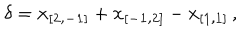
{ \bf \delta } = { \bf x _ { [ 2 , - 1 ] } } + { \bf x _ { [ - 1 , 2 ] } } - { \bf x _ { [ 1 , 1 ] } } \, ,